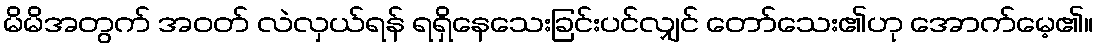
မိမိအတွက် အဝတ် လဲလှယ်ရန် ရရှိနေသေးခြင်းပင်လျှင် တော်သေး၏ဟု အောက်မေ့၏။